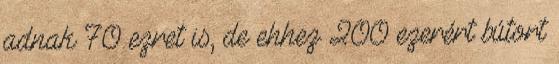
adnak 70 ezret is, de ehhez 200 ezerért bútort